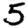
Digit: 5